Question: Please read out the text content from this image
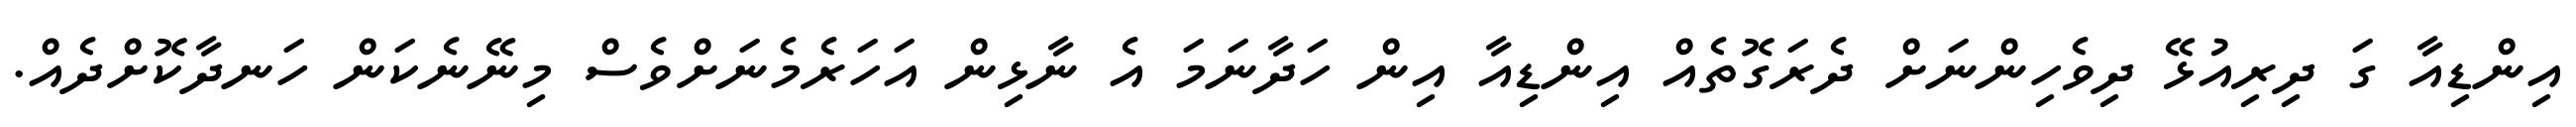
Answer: އިންޑިއާ ގަ ދިރިއުޅޭ ދިވެހިންނަށް ދެރަގޮތެއް އިންޑިއާ އިން ހަދާނަމަ އެ ނާޅިން އަހަރެމެނަށްވެސް މިނޭނެކަން ހަނދާކޮށްދެއް.